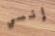
إنسي